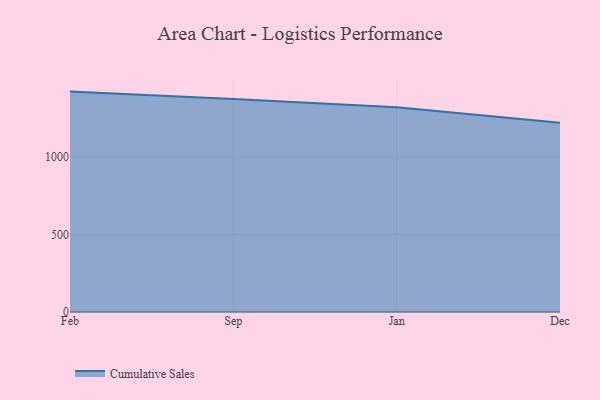
{"axis": {"x": "Month", "y": "Waste Production (Tons)"}, "legend": ["Cumulative Sales"], "data": [{"x": "Feb", "y": 1420.5, "type": "Cumulative Sales"}, {"x": "Sep", "y": 1372.4, "type": "Cumulative Sales"}, {"x": "Jan", "y": 1319.4, "type": "Cumulative Sales"}, {"x": "Dec", "y": 1219.7, "type": "Cumulative Sales"}]}